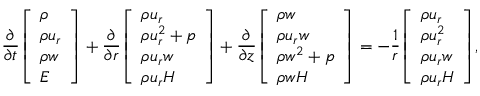
\frac { \partial } { \partial t } { \left[ \begin{array} { l } { \rho } \\ { \rho u _ { r } } \\ { \rho w } \\ { E } \end{array} \right] } + \frac { \partial } { \partial r } { \left[ \begin{array} { l } { \rho u _ { r } } \\ { \rho u _ { r } ^ { 2 } + p } \\ { \rho u _ { r } w } \\ { \rho u _ { r } H } \end{array} \right] } + \frac { \partial } { \partial z } { \left[ \begin{array} { l } { \rho w } \\ { \rho u _ { r } w } \\ { \rho w ^ { 2 } + p } \\ { \rho w H } \end{array} \right] } = - \frac { 1 } { r } { \left[ \begin{array} { l } { \rho u _ { r } } \\ { \rho u _ { r } ^ { 2 } } \\ { \rho u _ { r } w } \\ { \rho u _ { r } H } \end{array} \right] } ,